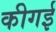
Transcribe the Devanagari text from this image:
कीगई